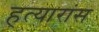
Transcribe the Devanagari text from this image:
हत्यारांस